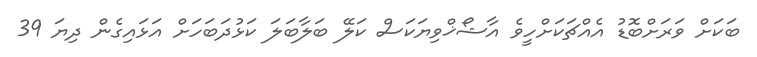
ބަކަށް ވަރަށްބޮޑު އެއްޗަކަށްހީވެ އާޝޯޚްވިޔަކަސް ކަލޭ ބަލާބަލަ ކަޅުދަބަހަށް އަޅައިގެން ދިޔަ 39